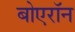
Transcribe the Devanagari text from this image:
बोएरॉन